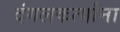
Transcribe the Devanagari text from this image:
दंगलकर्त्यांना